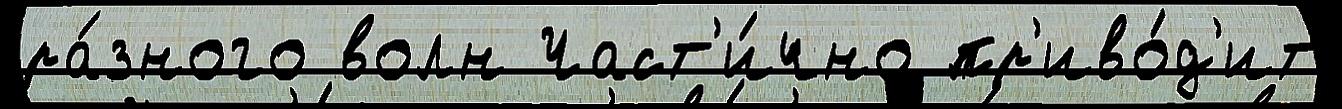
ра́зного волн Част'и́чно пр'иво́д'ит